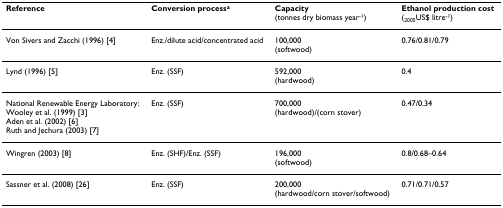
| Reference | Conversion processa | Capacity(tonnes dry biomass year-1) | Ethanol production cost(2005US$ litre-1) |
 | --- | --- | --- | --- |
 | Von Sivers and Zacchi (1996) [4] | Enz./dilute acid/concentrated acid | 100,000(softwood) | 0.76/0.81/0.79 |
 | Lynd (1996) [5] | Enz. (SSF) | 592,000(hardwood) | 0.4 |
 | National Renewable Energy Laboratory:Wooley et al. (1999) [3]Aden et al. (2002) [6]Ruth and Jechura (2003) [7] | Enz. (SSF) | 700,000(hardwood)/(corn stover) | 0.47/0.34 |
 | Wingren (2003) [8] | Enz. (SHF)/Enz. (SSF) | 196,000(softwood) | 0.8/0.68–0.64 |
 | Sassner et al. (2008) [26] | Enz. (SSF) | 200,000(hardwood/corn stover/softwood) | 0.71/0.71/0.57 |